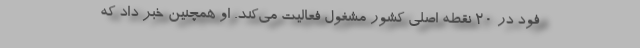
فود در ۲۰ نقطه اصلی کشور مشغول فعالیت می‌کند. او همچنین خبر داد که